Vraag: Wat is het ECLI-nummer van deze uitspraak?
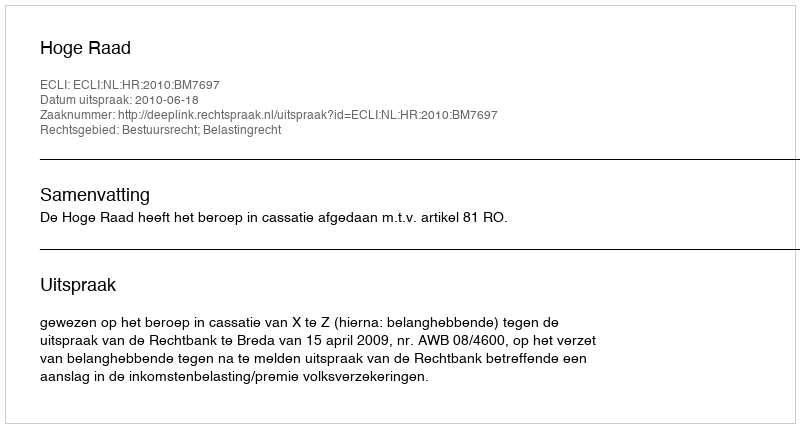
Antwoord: ECLI:NL:HR:2010:BM7697